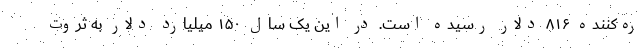
ره‌کننده ۸۱۶ دلار رسیده است. در این یک سال ۱۵۰ میلیارد دلار به ثروت